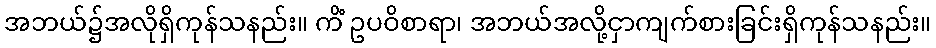
အဘယ်၌အလိုရှိကုန်သနည်း။ ကိံ ဥပဝိစာရာ၊ အဘယ်အလို့ငှာကျက်စားခြင်းရှိကုန်သနည်း။